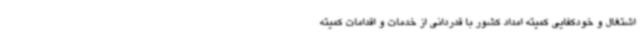
اشتغال و خودکفایی کمیته امداد کشور با قدردانی از خدمات و اقدامات کمیته